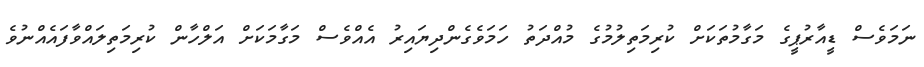
ނަމަވެސް ޑީއާރުޕީގެ މަގާމުތަކަށް ކުރިމަތިލުމުގެ މުއްދަތު ހަމަވެގެންދިޔައިރު އެއްވެސް މަގާމަކަށް އަލްހާން ކުރިމަތިލައްވާފައެއްނުވެ